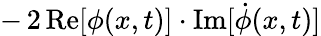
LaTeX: -\, 2\, \mathrm{Re}[\phi(x,t)]\cdot\mathrm{Im}[\dot{\phi}(x,t)]